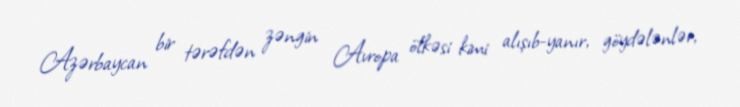
Azərbaycan bir tərəfdən zəngin Avropa ölkəsi kimi alışıb-yanır, göydələnlər,